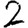
Digit: 2